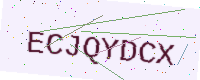
Text: ECJQYDCX